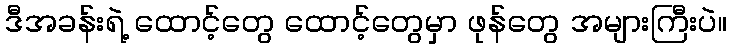
ဒီအခန်းရဲ့ ထောင့်တွေ ထောင့်တွေမှာ ဖုန်တွေ အများကြီးပဲ။